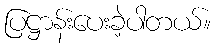
ပြဋ္ဌာန်းပေးခဲ့ပါတယ်။